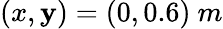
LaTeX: (x,\mathbf{y})=(0,0.6)\ m